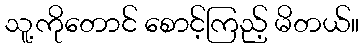
သူ့ကိုတောင် စောင့်ကြည့် မိတယ်။